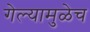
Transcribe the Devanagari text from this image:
गेल्यामुळेच